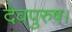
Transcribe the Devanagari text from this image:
देवपुरुष।